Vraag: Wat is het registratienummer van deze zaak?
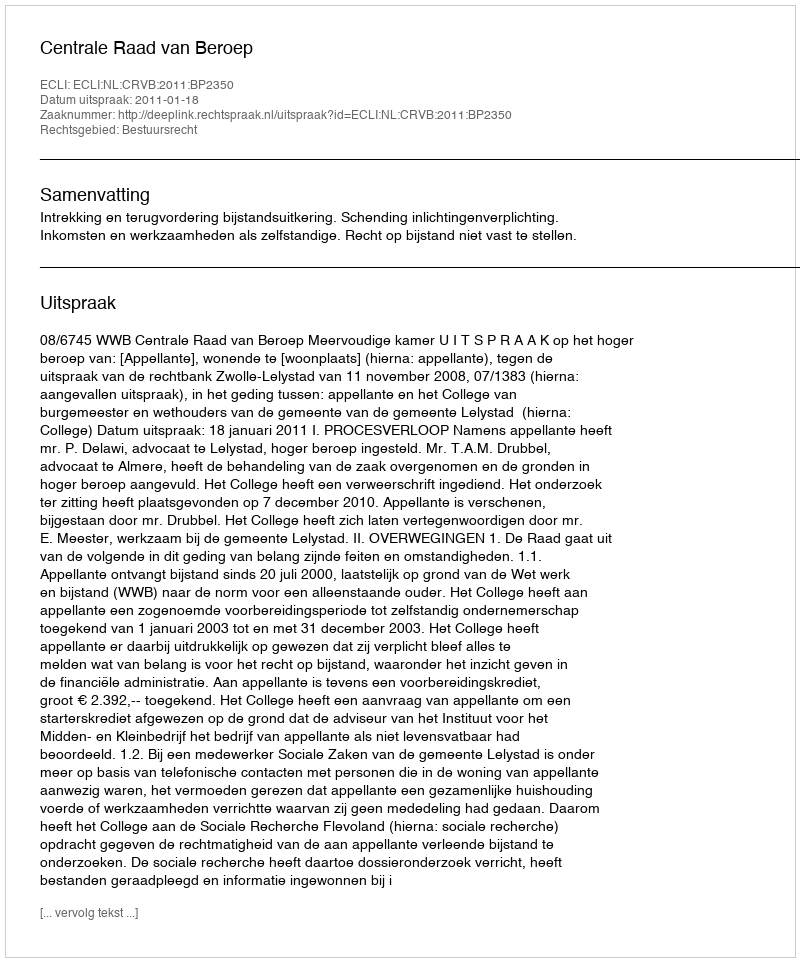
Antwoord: http://deeplink.rechtspraak.nl/uitspraak?id=ECLI:NL:CRVB:2011:BP2350